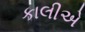
કાલીએ